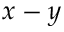
x - y